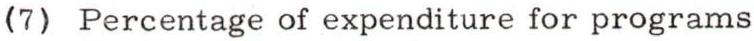
(7) Percentage of expenditure for programs